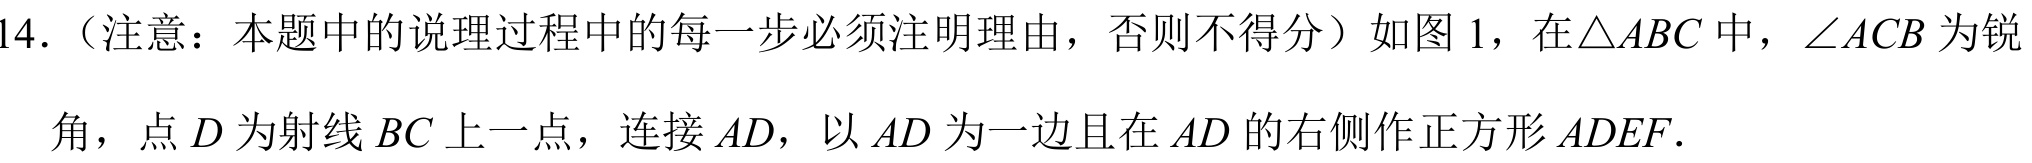
14.（注意：本题中的说理过程中的每一步必须注明理由，否则不得分）如图 1，在\(\triangle ABC\)中，\(\angle ACB\)为锐
角，点\(D\)为射线\(BC\)上一点，连接\(AD\)，以\(AD\)为一边且在\(AD\)的右侧作正方形\(ADEF\).